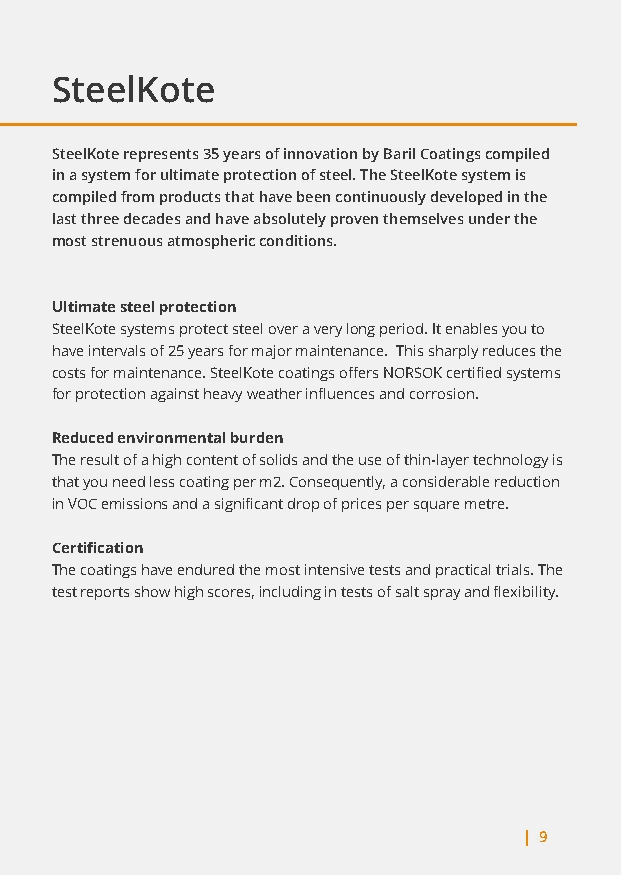
SteelKote
 SteelKote represents 35 years of innovation by Baril Coatings compiled
 in a system for ultimate protection of steel. The SteelKote system is
 compiled from products that have been continuously developed in the
 last three decades and have absolutely proven themselves under the
 most strenuous atmospheric conditions.
 Ultimate steel protection
 SteelKote systems protect steel over a very long period. It enables you to
 have intervals of 25 years for major maintenance. This sharply reduces the
 costs for maintenance. SteelKote coatings offers NORSOK certified systems
 for protection against heavy weather influences and corrosion.
 Reduced environmental burden
 The result of a high content of solids and the use of thin-layer technology is
 that you need less coating per m2. Consequently, a considerable reduction
 in VOC emissions and a significant drop of prices per square metre.
 Certification
 The coatings have endured the most intensive tests and practical trials. The
 test reports show high scores, including in tests of salt spray and flexibility.
 | 9